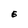
Character: E